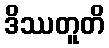
ဒိဿတူတိ